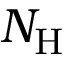
N _ { \mathrm { H } }